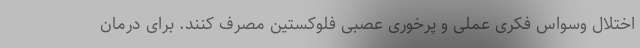
اختلال وسواس فکری عملی و پرخوری عصبی فلوکستین مصرف کنند. برای درمان